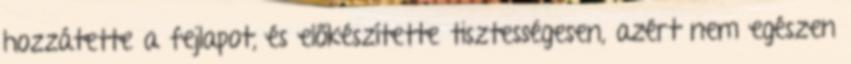
hozzátette a fejlapot, és előkészítette tisztességesen, azért nem egészen